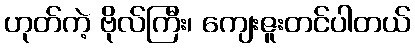
ဟုတ်ကဲ့ ဗိုလ်ကြီး၊ ကျေးဇူးတင်ပါတယ်